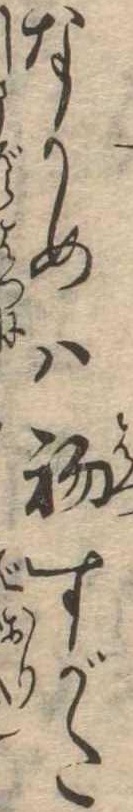
なかめは初すがた